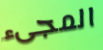
المجىء